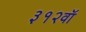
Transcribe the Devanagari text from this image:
३१२वॉ